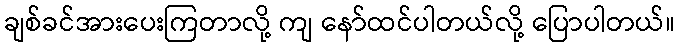
ချစ်ခင်အားပေးကြတာလို့ ကျ နော်ထင်ပါတယ်လို့ ပြောပါတယ်။